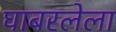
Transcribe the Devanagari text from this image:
घाबरलेला